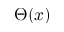
\Theta ( x )